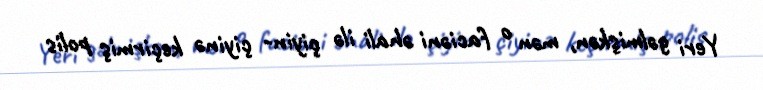
Yeri gəlmişkən, mən o faciəni əhali ilə çiyin- çiyinə keçirmiş polis